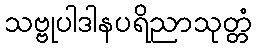
သဗ္ဗုပါဒါနပရိညာသုတ္တံ